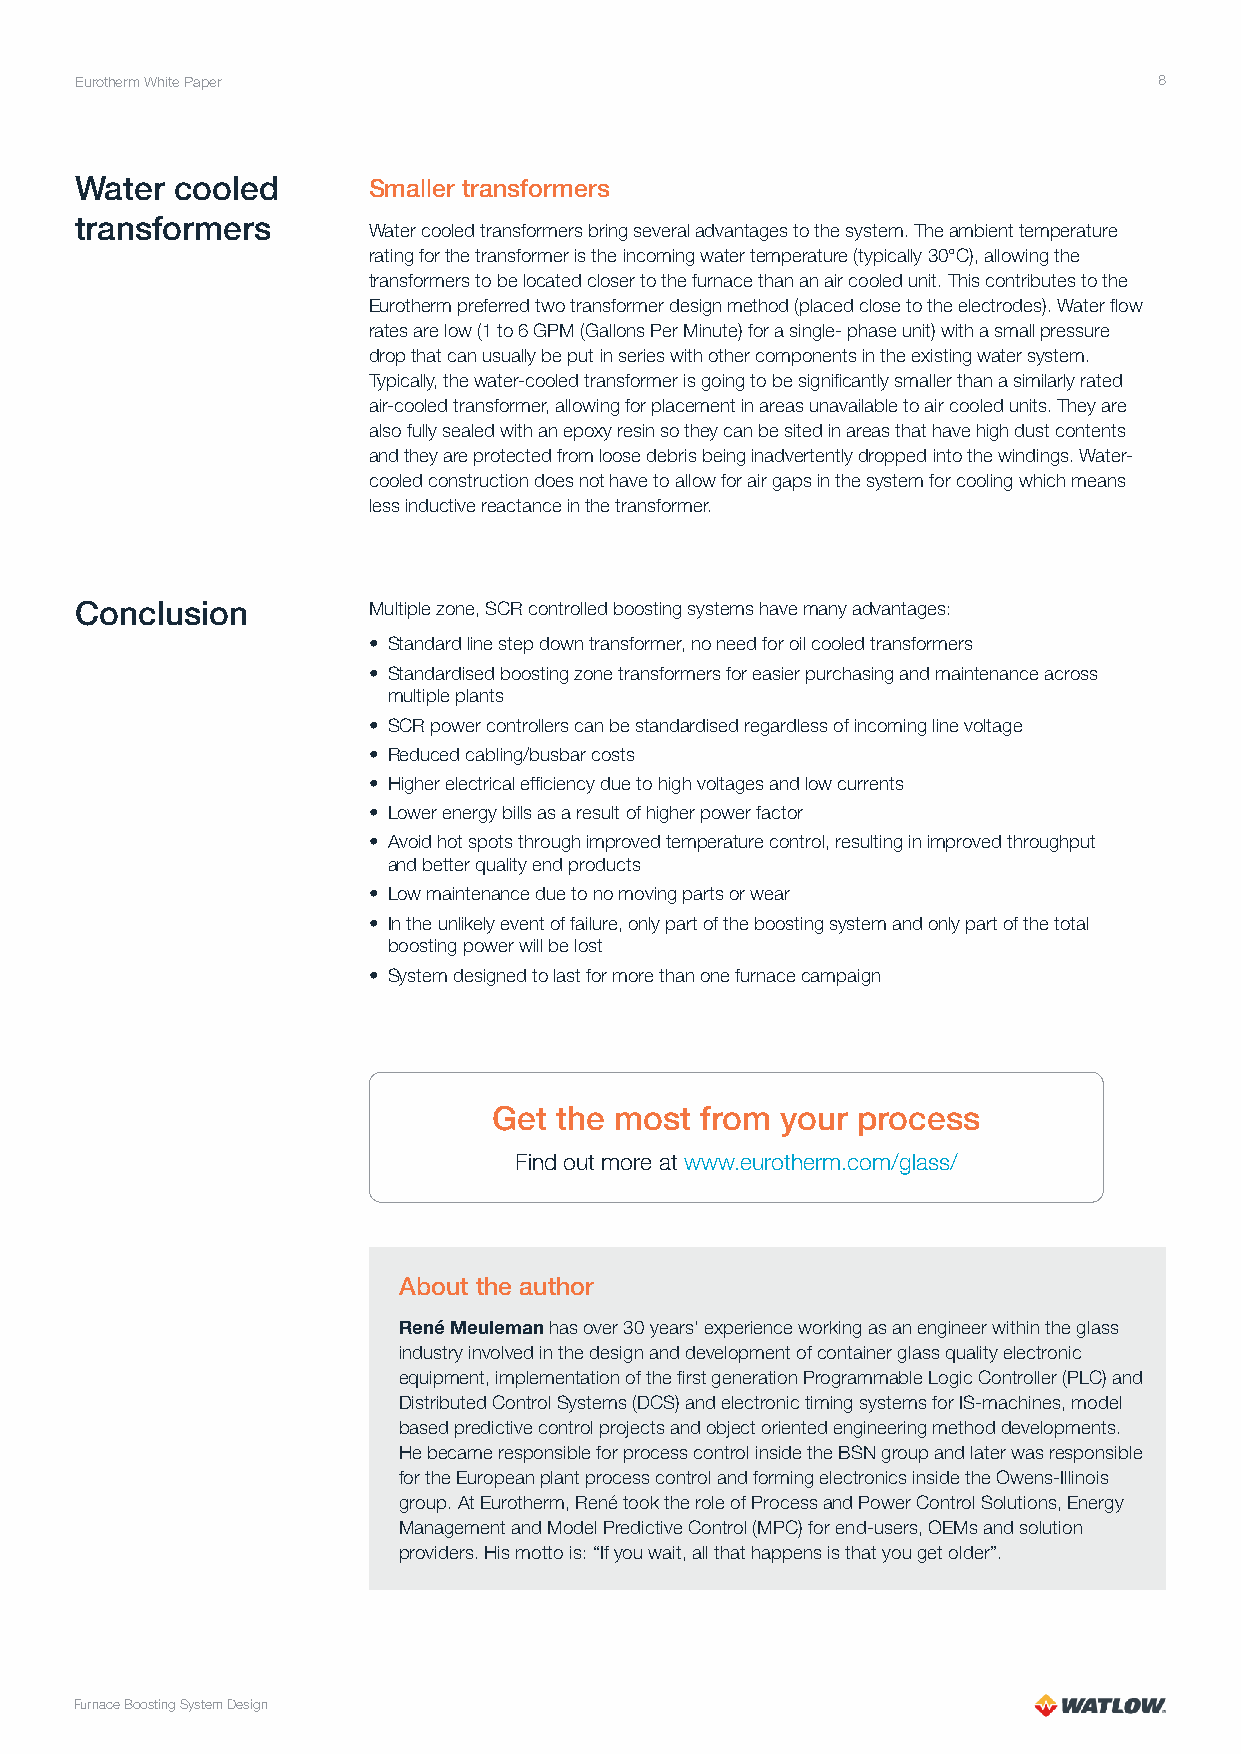
Eurotherm White Paper                                                   8
 Water  cooled      Smaller transformers
 transformers
 Water cooled transformers bring several advantages to the system. The ambient temperature
 rating for the transformer is the incoming water temperature (typically 30°C), allowing the
 transformers to be located closer to the furnace than an air cooled unit. This contributes to the
 Eurotherm preferred two transformer design method (placed close to the electrodes). Water flow
 rates are low (1 to 6 GPM (Gallons Per Minute) for a single- phase unit) with a small pressure
 drop that can usually be put in series with other components in the existing water system.
 Typically, the water-cooled transformer is going to be significantly smaller than a similarly rated
 air-cooled transformer, allowing for placement in areas unavailable to air cooled units. They are
 also fully sealed with an epoxy resin so they can be sited in areas that have high dust contents
 and they are protected from loose debris being inadvertently dropped into the windings. Water-
 cooled construction does not have to allow for air gaps in the system for cooling which means
 less inductive reactance in the transformer.
 Conclusion         Multiple zone, SCR controlled boosting systems have many advantages:
 • Standard line step down transformer, no need for oil cooled transformers
 • Standardised boosting zone transformers for easier purchasing and maintenance across
 multiple plants
 • SCR power controllers can be standardised regardless of incoming line voltage
 • Reduced cabling/busbar costs
 • Higher electrical efficiency due to high voltages and low currents
 • Lower energy bills as a result of higher power factor
 • Avoid hot spots through improved temperature control, resulting in improved throughput
 and better quality end products
 • Low maintenance due to no moving parts or wear
 • In the unlikely event of failure, only part of the boosting system and only part of the total
 boosting power will be lost
 • System designed to last for more than one furnace campaign
 Get the most from  your process
 Find out more at www.eurotherm.com/glass/
 About the author
 René Meuleman has over 30 years’ experience working as an engineer within the glass
 industry involved in the design and development of container glass quality electronic
 equipment, implementation of the first generation Programmable Logic Controller (PLC) and
 Distributed Control Systems (DCS) and electronic timing systems for IS-machines, model
 based predictive control projects and object oriented engineering method developments.
 He became responsible for process control inside the BSN group and later was responsible
 for the European plant process control and forming electronics inside the Owens-Illinois
 group. At Eurotherm, René took the role of Process and Power Control Solutions, Energy
 Management and Model Predictive Control (MPC) for end-users, OEMs and solution
 providers. His motto is: “If you wait, all that happens is that you get older”.
 Furnace Boosting System Design